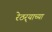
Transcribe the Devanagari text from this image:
रेठर्‍याच्या